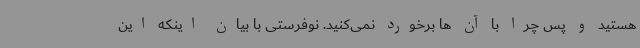
هستید و پس چرا با آن ها برخورد نمی‌کنید. نوفرستی با بیان اینکه این